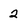
Character: 2